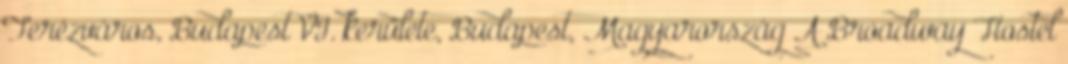
Terézváros, Budapest VI. kerülete, Budapest, Magyarország A Broadway Hostel